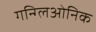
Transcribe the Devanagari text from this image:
गन्ग्लिओनिक